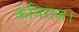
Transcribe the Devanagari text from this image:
कविराज।